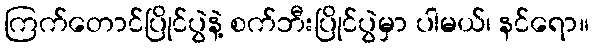
ကြက်တောင်ပြိုင်ပွဲနဲ့ စက်ဘီးပြိုင်ပွဲမှာ ပါမယ်၊ နင်ရော။